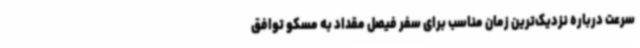
سرعت درباره نزدیک‌ترین زمان مناسب برای سفر فیصل مقداد به مسکو توافق